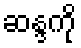
ဆန္ဒကို